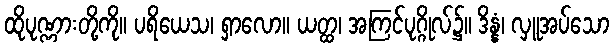
ထိုပုဏ္ဏားတို့ကို။ ပရိယေသ၊ ရှာလော။ ယတ္ထ၊ အကြင်ပုဂ္ဂိုလ်၌။ ဒိန္နံ၊ လှူအပ်သော